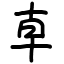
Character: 𠦝